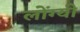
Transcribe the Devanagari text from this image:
लोंग्यी